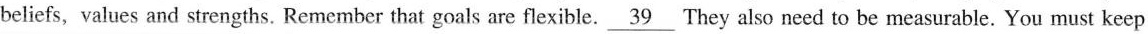
beliefs, values and strengths. Remember that goals are flexible._\underline{39} They also need to be measurable. You must keep